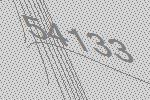
54133